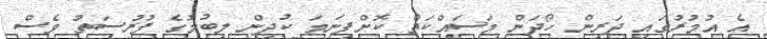
އެ އުމުރުގައި ދަރިން ހޯދަން މަސައްކަތް ކޮށްފިނަމަ ކުދިން ލިބުމުގެ ފުރުސަތު ވެސް